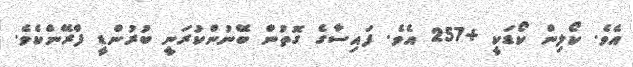
އެވެ. ކޯލިން ކޯޑަކީ +257 އެވެ. ފައިސާގެ ގޮތުން ބޭނުންކުރަނީ ބުރުންޑީ ފްރޭންކެވެ.